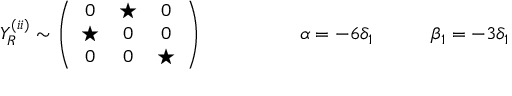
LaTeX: Y _ { R } ^ { ( i i ) } \sim \left( \begin{array} { c c c } { { 0 } } & { { \star } } & { { 0 } } \\ { { \star } } & { { 0 } } & { { 0 } } \\ { { 0 } } & { { 0 } } & { { \star } } \end{array} \right) \qquad \qquad \quad \alpha = - 6 \delta _ { 1 } \qquad \quad \beta _ { 1 } = - 3 \delta _ { 1 }